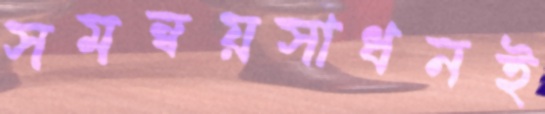
সমন্বয়সাধনই